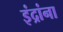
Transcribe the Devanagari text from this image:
इंद्रांना